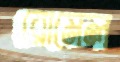
রোমেল